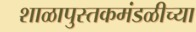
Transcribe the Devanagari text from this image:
शाळापुस्तकमंडळीच्या